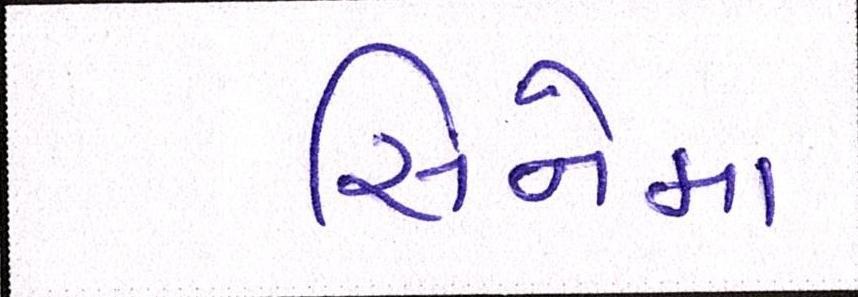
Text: સિનેમા